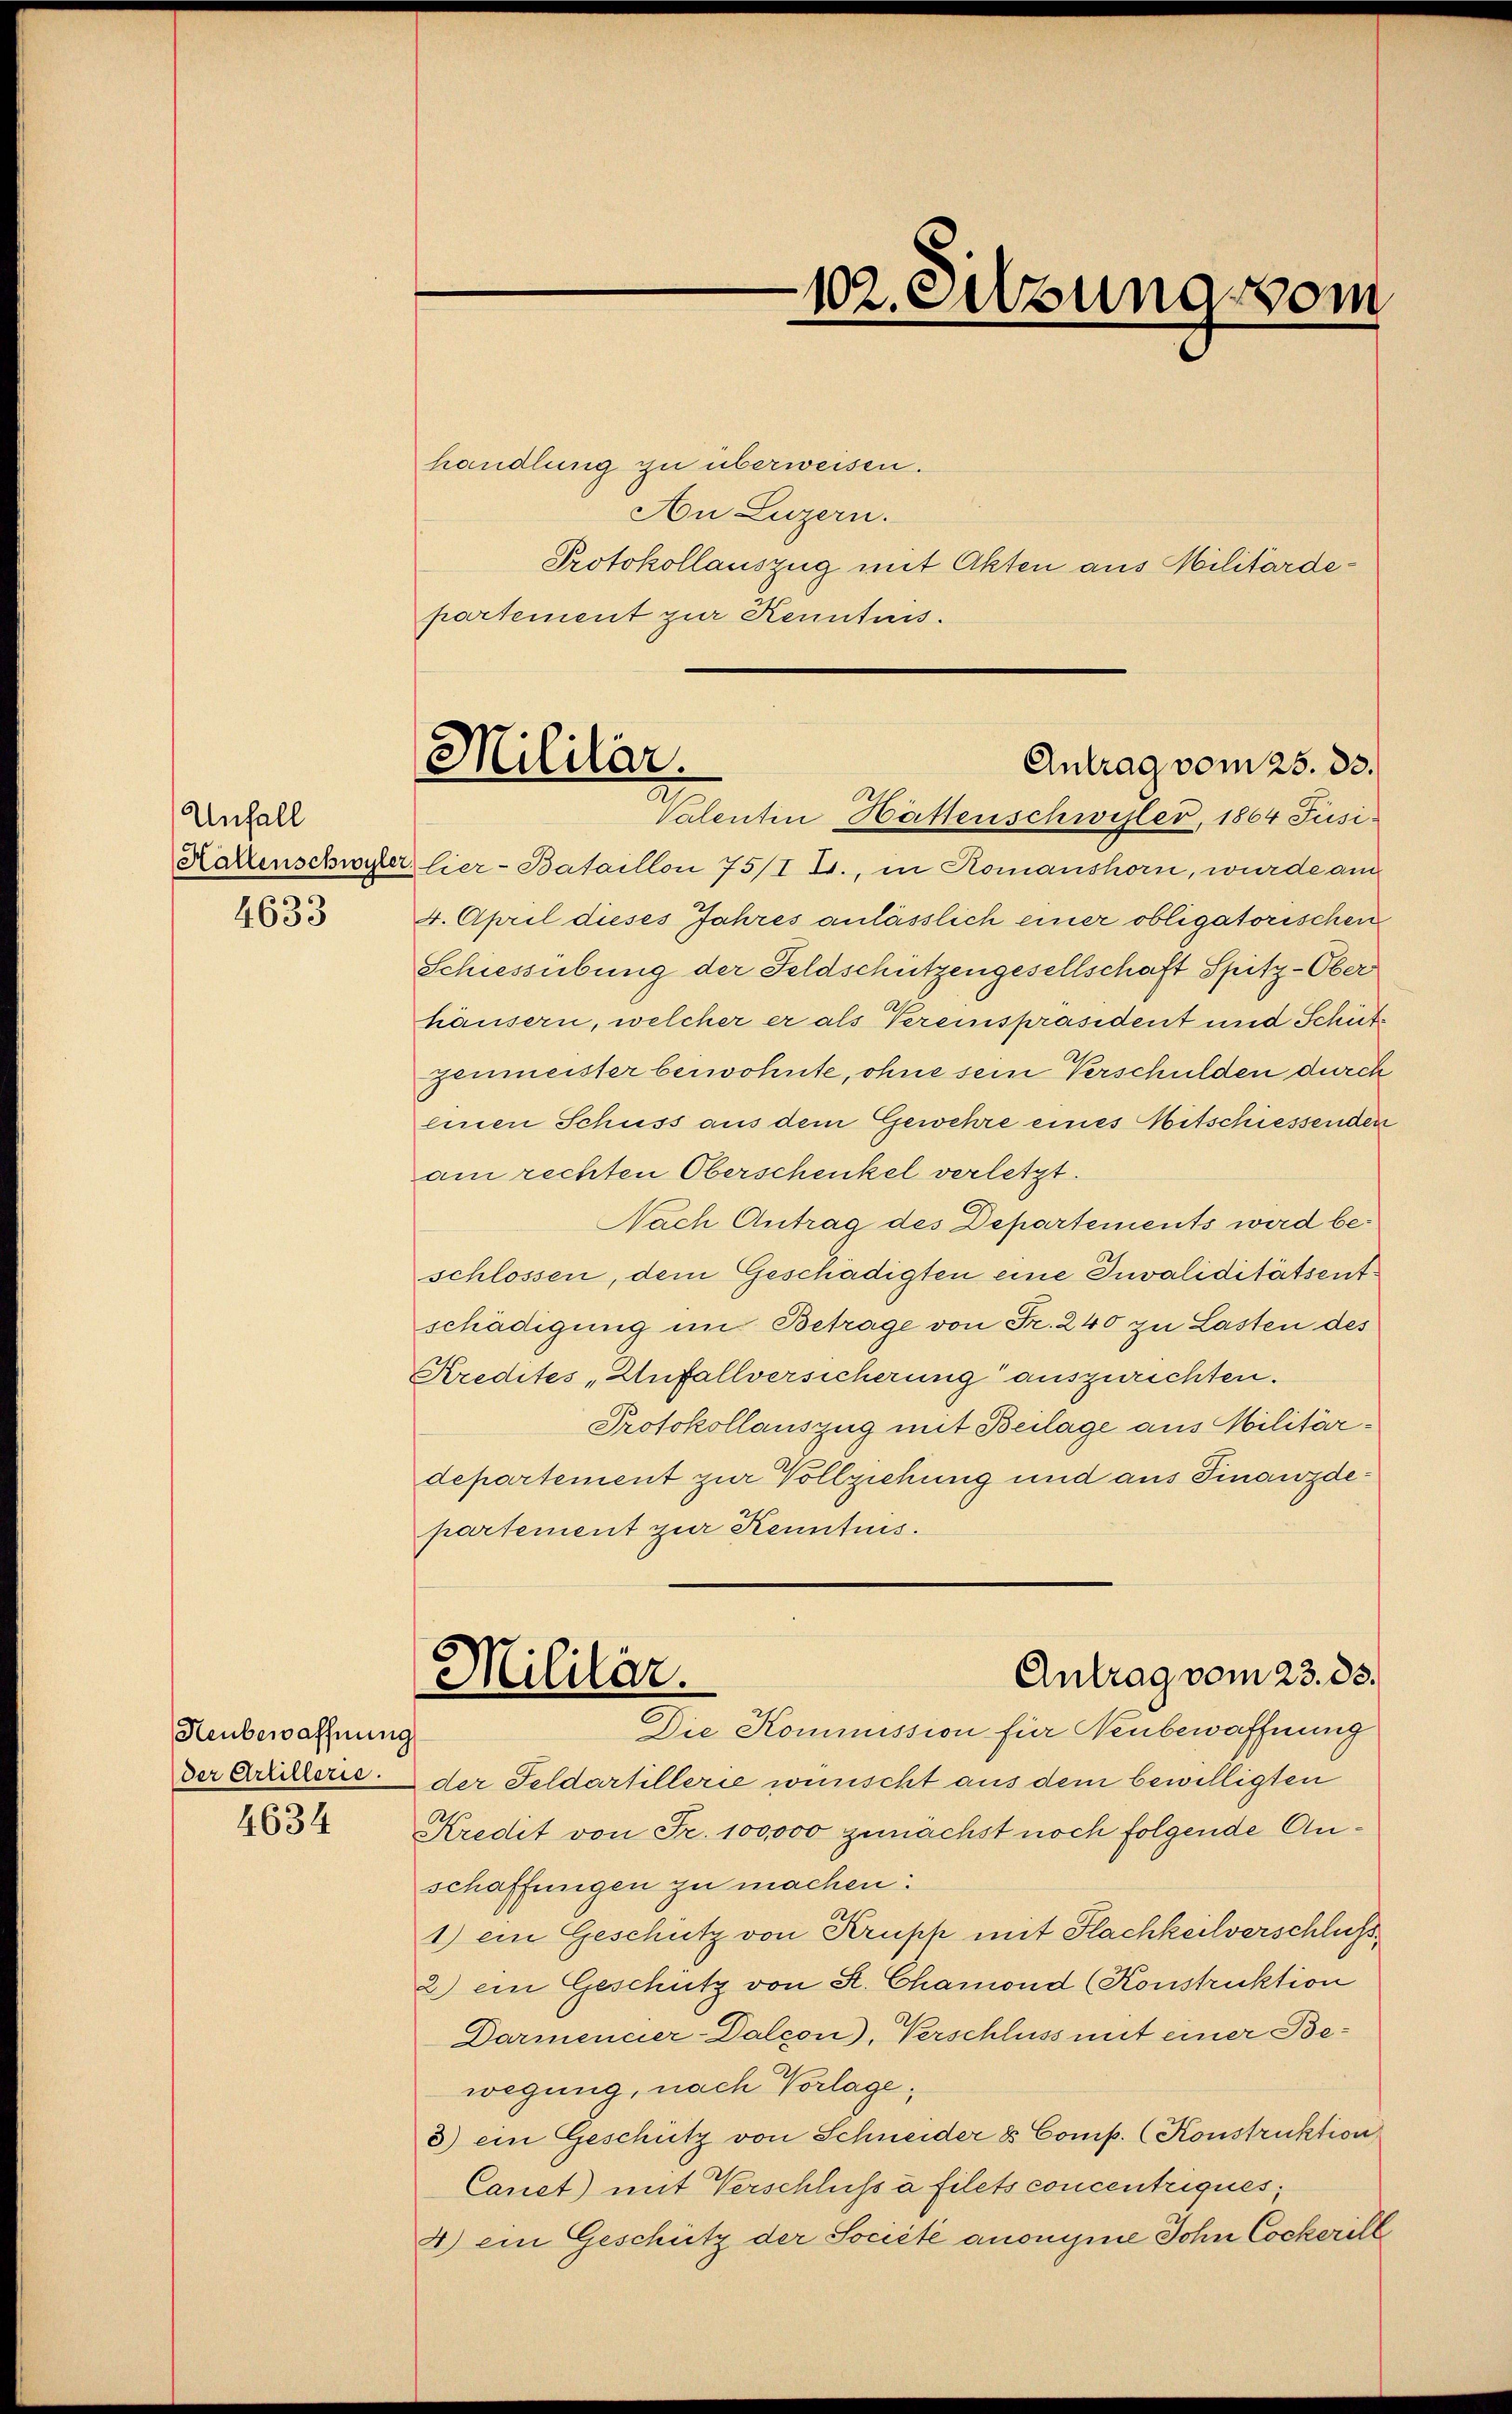
Unfall
4633

Heubewaffnung
der Artillerie.

handlung zu überweisen.
An Luzern.
Protokollauszug mit Akten aus Militärdepartement zur Kenntnis.
Kartenschwyzer, lier-Bataillon 75/I L., in Romanshorn, wurde am
4. April dieses Jahres anlässlich einer obligatorischen
Schiessübung der Feldschützengesellschaft Spitz-Ober
häusern, welcher er als Vereinspräsident und Schütz
zenmeister beiwohnte, ohne sein Verschulden durch
einen Schuss aus dem Gewehre eines Mitschiessenden
am rechten Oberschenkel verletzt.
Nach Antrag des Departements wird beschlossen, dem Geschädigten eine Invaliditätsentschädigung im Betrage von Fr. 240 zu Lasten des
Kredites „Unfallversicherung auszurichten.
Protokollauszug mit Beilage aus Militärdepartement zur Vollziehung und aus Finanzdepartement zur Kenntnis.
Antrag vom 23. ds.
Militär.
Die Kommission für Neubewaffnung
der Feldartillerie wünscht aus dem bewilligten
1853 Kredit von Fr. 100,000 zunächst noch folgende Anschaffungen zu machen:
1) ein Geschütz von Krupp mit Flachkeilverschluß
2) ein Geschütz von St. Chamond (Konstruktion
Darmencier-Dalcon), Verschluss mit einer Bewegung, nach Vorlage,
3) ein Geschütz von Schneider & Comp. (Konstruktion
Canet) mit Verschluss à filets concentriques,
4) ein Geschütz der Société anonyme John Cockerill

-102. Sitzung vom

Militär.
Antrag vom 25. 33.
Valentin Hättenschwister, 1864 Jusi¬